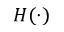
H ( \cdot )